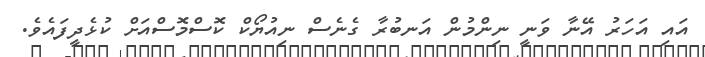
އައި އަހަރު އޭނާ ވަނީ ނިންމުން އަނބުރާ ގެނެސް ނިއުޔޯކް ކޮސްމޮސްއަށް ކުޅެދީފައެވެ.